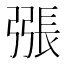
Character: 𢐘